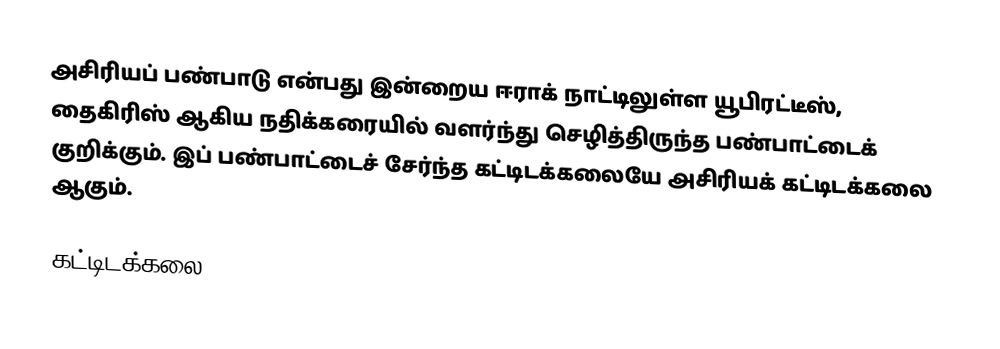
அசிரியப் பண்பாடு என்பது இன்றைய ஈராக் நாட்டிலுள்ள யூபிரட்டீஸ், தைகிரிஸ் ஆகிய நதிக்கரையில் வளர்ந்து செழித்திருந்த பண்பாட்டைக் குறிக்கும். இப் பண்பாட்டைச் சேர்ந்த கட்டிடக்கலையே அசிரியக் கட்டிடக்கலை ஆகும்.

கட்டிடக்கலை